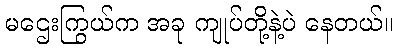
မဌေးကြွယ်က အခု ကျုပ်တို့နဲ့ပဲ နေတယ်။